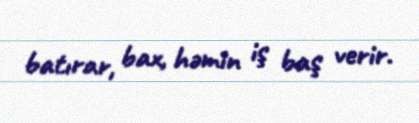
batırar, bax, həmin iş baş verir.